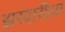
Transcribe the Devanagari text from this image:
झरदारीला